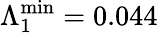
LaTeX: \Lambda_{1}^{\mathrm{min}}=0.044